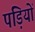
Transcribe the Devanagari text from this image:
पड़ियों